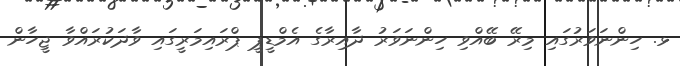
ޅ. ހިންނަވަރުގައި މިރޭ ބޭއްވި ހިންނަވަރު ދާއިރާގެ އެމްޑީޕީ ޕްރައިމަރީގައި ވާދަކުރައްވާ ޖީހާން